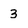
Character: 3